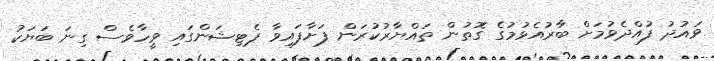
ވައުދު ފުއްދެވުމަަށް ބާރުއެޅުމުގެ ގޮތުން ތައްޔާރުކުރަން ފަށާފައިވާ ޕެޓިޝަންގައި ވީހާވެސް ގިނަ ބަޔަކު